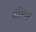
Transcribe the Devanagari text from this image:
वॉएन